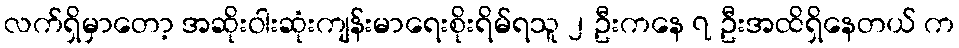
လက်ရှိမှာတော့ အဆိုးဝါးဆုံးကျန်းမာရေးစိုးရိမ်ရသူ ၂ ဦးကနေ ၇ ဦးအထိရှိနေတယ် က